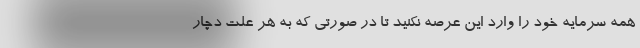
همه سرمایه خود را وارد این عرصه نکنید تا در صورتی که به هر علت دچار